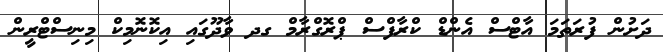
ދަށުން ފުރަތަމަ އާޓްސް އެންޑް ކްރާފްސް ޕްރޮގްރާމް ގދ ވާދޫގައި އިކޮނޮމިކް މިނިސްޓްރީން